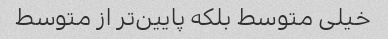
خیلی متوسط بلکه پایین‌تر از متوسط